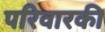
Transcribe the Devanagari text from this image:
परिवारकी